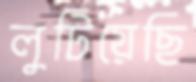
লুটিয়েছি